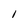
Character: 1